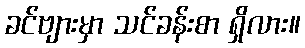
ခင်ဗျားမှာ သင်ခန်းစာ ရှိလား။